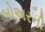
બોઅરની